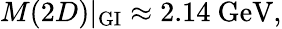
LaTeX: M(2D)|_{\mathrm{GI}}\approx 2.14{\ \mathrm{GeV}},